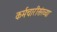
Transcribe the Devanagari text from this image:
कर्मचारीसंख्या